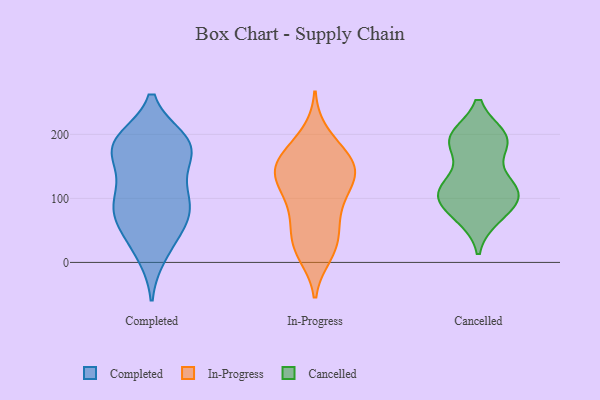
{"axis": {"x": "Backlog", "y": "Value"}, "legend": ["Cancelled", "Completed", "In-Progress"], "data": [{"x": "", "y": 67, "type": "Completed"}, {"x": "", "y": 187, "type": "Completed"}, {"x": "", "y": 60, "type": "Completed"}, {"x": "", "y": 71, "type": "Completed"}, {"x": "", "y": 92, "type": "Completed"}, {"x": "", "y": 174, "type": "Completed"}, {"x": "", "y": 191, "type": "Completed"}, {"x": "", "y": 20, "type": "Completed"}, {"x": "", "y": 182, "type": "Completed"}, {"x": "", "y": 12, "type": "Completed"}, {"x": "", "y": 157, "type": "Completed"}, {"x": "", "y": 186, "type": "Completed"}, {"x": "", "y": 178, "type": "Completed"}, {"x": "", "y": 188, "type": "Completed"}, {"x": "", "y": 127, "type": "Completed"}, {"x": "", "y": 100, "type": "Completed"}, {"x": "", "y": 111, "type": "Completed"}, {"x": "", "y": 92, "type": "Completed"}, {"x": "", "y": 59, "type": "Completed"}, {"x": "", "y": 137, "type": "In-Progress"}, {"x": "", "y": 146, "type": "In-Progress"}, {"x": "", "y": 74, "type": "In-Progress"}, {"x": "", "y": 31, "type": "In-Progress"}, {"x": "", "y": 122, "type": "In-Progress"}, {"x": "", "y": 163, "type": "In-Progress"}, {"x": "", "y": 13, "type": "In-Progress"}, {"x": "", "y": 179, "type": "In-Progress"}, {"x": "", "y": 55, "type": "In-Progress"}, {"x": "", "y": 156, "type": "In-Progress"}, {"x": "", "y": 137, "type": "In-Progress"}, {"x": "", "y": 136, "type": "In-Progress"}, {"x": "", "y": 128, "type": "In-Progress"}, {"x": "", "y": 199, "type": "In-Progress"}, {"x": "", "y": 94, "type": "In-Progress"}, {"x": "", "y": 85, "type": "In-Progress"}, {"x": "", "y": 19, "type": "In-Progress"}, {"x": "", "y": 160, "type": "In-Progress"}, {"x": "", "y": 28, "type": "In-Progress"}, {"x": "", "y": 106, "type": "Cancelled"}, {"x": "", "y": 72, "type": "Cancelled"}, {"x": "", "y": 117, "type": "Cancelled"}, {"x": "", "y": 103, "type": "Cancelled"}, {"x": "", "y": 101, "type": "Cancelled"}, {"x": "", "y": 123, "type": "Cancelled"}, {"x": "", "y": 182, "type": "Cancelled"}, {"x": "", "y": 186, "type": "Cancelled"}, {"x": "", "y": 71, "type": "Cancelled"}, {"x": "", "y": 120, "type": "Cancelled"}, {"x": "", "y": 195, "type": "Cancelled"}, {"x": "", "y": 194, "type": "Cancelled"}, {"x": "", "y": 113, "type": "Cancelled"}, {"x": "", "y": 196, "type": "Cancelled"}, {"x": "", "y": 85, "type": "Cancelled"}, {"x": "", "y": 194, "type": "Cancelled"}]}